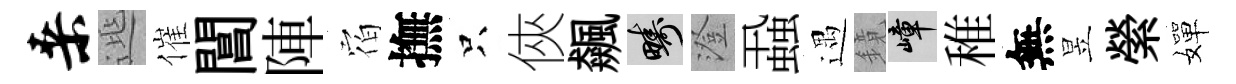
桑𨓱催閶陣𪧐撫只俠飆疇澄蝨遇鏡嶂稚無昱縈嬋